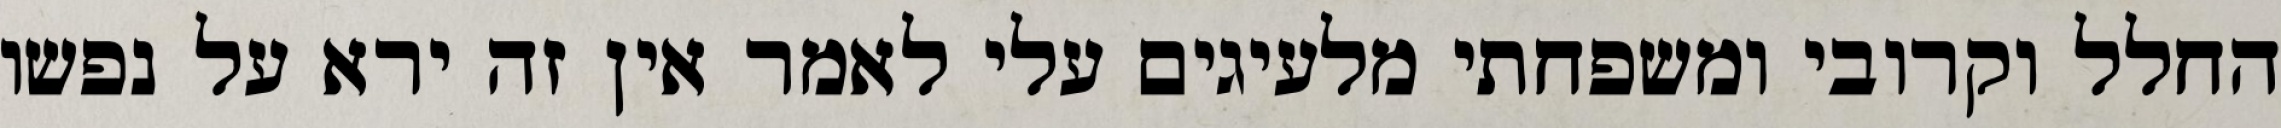
החלל וקרובי ומשפחתי מלעיגים עלי לאמר אין זה ירא על נפשו